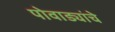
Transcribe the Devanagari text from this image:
पोवाड्यांचेे